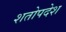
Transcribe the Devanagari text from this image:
शतोपदेश